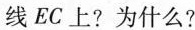
线EC上?为什么?